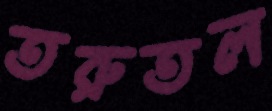
তরুতল